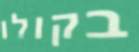
בקולו